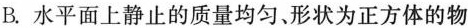
B.水平面上静止的质量均匀、形状为正方体的物